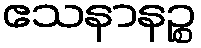
ဧသနာနဉ္စ